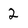
Character: 2